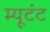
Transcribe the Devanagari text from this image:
म्यूटंट